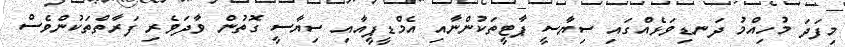
މިފަދަ މުހިއްމު ދަނޑިވަޅެއްގައި ސިޔާސީ ޕާޓީތަކުންނާއި އެމްޑީޕީއާއި ސިޔާސީ ގޮތުން ވާދަވެރި ފަރާތްތަކުންވެސް